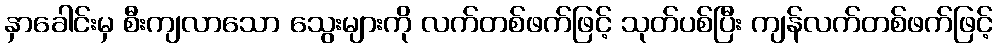
နှာခေါင်းမှ စီးကျလာသော သွေးများကို လက်တစ်ဖက်ဖြင့် သုတ်ပစ်ပြီး ကျန်လက်တစ်ဖက်ဖြင့်